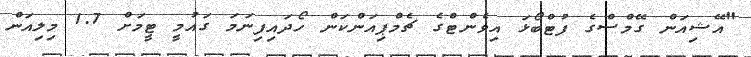
"އޭޝިއަން ގޭމްސްގެ ފުޓްބޯޅަ އިވެންޓްގެ ޗެމްޕިއަންކަން ހޯދައިފިނަމަ ގައުމީ ޓީމަށް 1.7 މިލިއަން